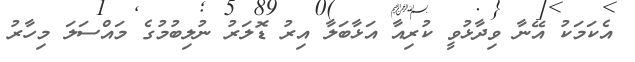
އެކަމަކު އޭނާ ވިދާޅުވީ ކުރިއާ އަޅާބަލާ އިރު ޑޮލަރު ނުލިބުމުގެ މައްސަލަ މިހާރު